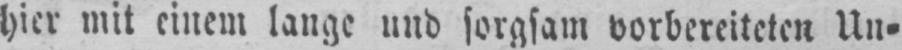
hier mit einem lange und sorgsam vorbereiteten Un⸗